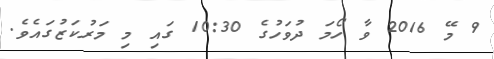
9 މޭ 2016 ވާ ހޯމަ ދުވަހުގެ 10:30 ގައި މި މަރުކަޒުގައެވެ.